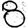
Digit: 8